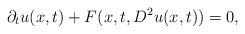
LaTeX: \begin{align*}\partial_t u(x,t) + F(x,t,D^2u(x,t)) = 0,\end{align*}